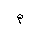
Letter: _mim